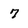
Character: 7